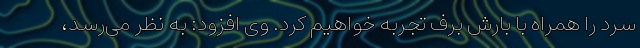
سرد را همراه با بارش برف تجربه خواهیم کرد. وی افزود: به نظر می‌رسد،